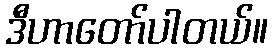
ဒီဟာတော်ပါတယ်။